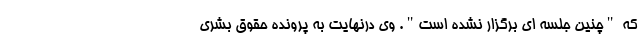
که "چنین جلسه ای برگزار نشده است". وی درنهایت به پرونده حقوق بشری